King Institute of Preventive Medicine Bacteriolog. Section reports 1907-08
Year: 1907
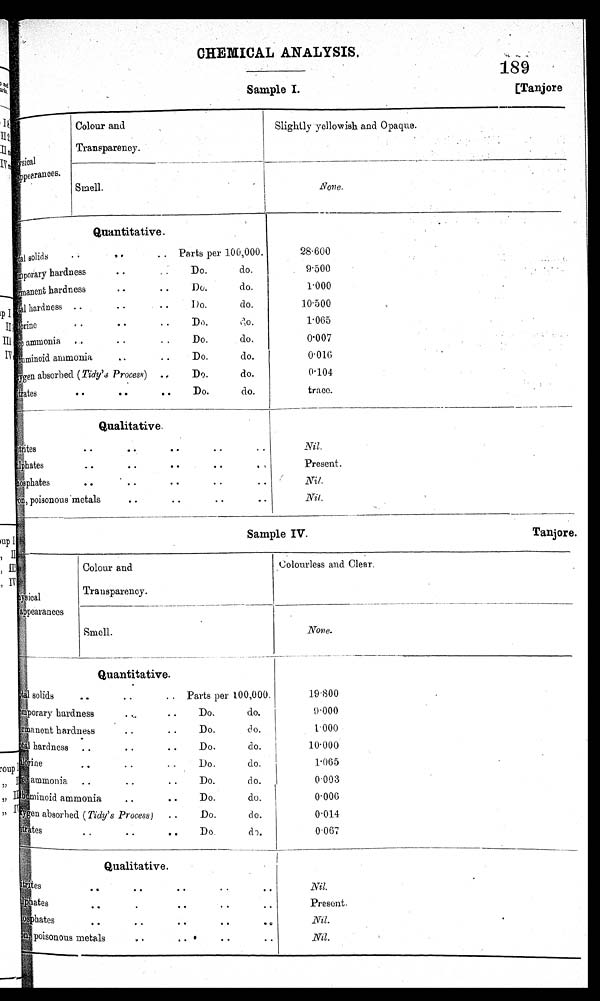
Sample I.
[Tanjore
Sample IV.
Tanjore.
CHEMICAL ANALYSIS,
189
Physical
apperances.
Colour and
Transparency.
Slightly yellowish and Opaque.
Smell.
None.
Quantitative.
Total solids • • .. .. Parts per 100,000.
T e m p o r a r y h a r d n e s s
• •
D o .
d o .
Permanent hardness
..
. .
Do.
do.
:
T o t a lh
a r d n e s s
. .
• .
• •
D o .
d o .
C h l o r i n e
, .
. .
. .
D o . . d o
do.
F r e e a m m o n i a
. . .
. .
D o .
d o .
Albuminoid ammonia
..
..
Do.
do.
Oxygen absorbed (Tidy's Process) , ,
Do.
do.
Nitrates
. •
• •
• •
Do.
do,
28.600
.
9.500
.
1.000
.
10.500
1.065
0.007
0.016
0.104
trace.
Qualitative.
Nitrites
..
• •
• •
..
•
0
S u l p h a t e s
. .
• •
• •
. .
• ,
Phosphates
• •
.
•
•
.
..
.
I r o n ,
p o i s o n o u s m e t a l s
. .
• •
• •
• •
Nil.
Present.
Nil.
Nil.
Physical
appearances
Colour and
Transparency.
Colourless and Clear.
.
Smell.
None.
Quantitative.
Total solids .. • • .. Parts per 100,000.
Temporary hardness • , .. Do, do.
Permanent hardness.
Do.
do
• •
do.
Total hardness . .• • Do, do.
• •
Chlorine Do. do.
. „
. .
. .
F r e e a m m o n i a
. .
. .
D o .
d o .
. .
Albuminoid ammonia..
Do.
do.
• •
O x y g e n a b s o r b e d
( T i d y ' s P r o c e s s )
. .
D o .
d o .
i kates
Do. do.
..
. .
. •
Qualitative.
19.800
9.000
1 . 0 0 0
10.000
1 . 0 6 5
0 . 0 0 3
0.006
0.014
0.067
Nitrites
..
• •
..
• .
• •
Sulphates. • •
• •
• •
. .
Phosphates • • . • • •
.
poi sonous metals
• •
V
..
• • .
..
Nil
Present.
Nil.
.
Nil.